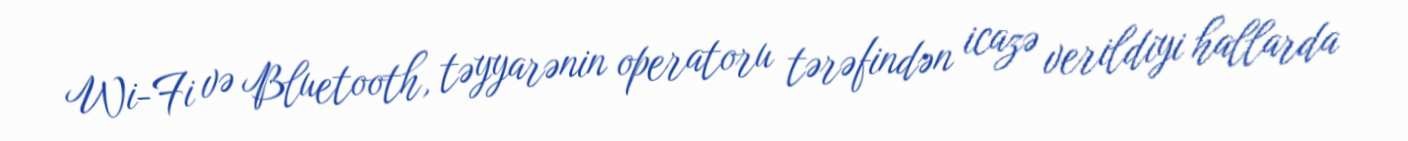
Wi-Fi və Bluetooth, təyyarənin operatoru tərəfindən icazə verildiyi hallarda